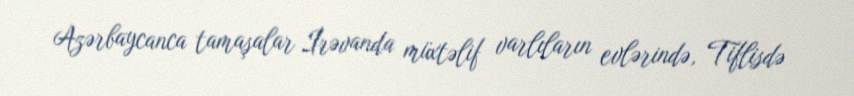
Azərbaycanca tamaşalar İrəvanda müxtəlif varlıların evlərində, Tiflisdə